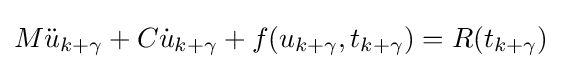
M{\ddot {u}}_{k+\gamma }+C{\dot {u}}_{k+\gamma }+f(u_{k+\gamma },t_{k+\gamma })=R(t_{k+\gamma })